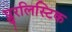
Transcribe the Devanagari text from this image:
प्लुरलिस्टिक